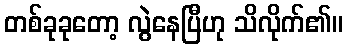
တစ်ခုခုတော့ လွဲနေပြီဟု သိလိုက်၏။